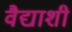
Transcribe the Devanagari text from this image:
वैद्याशी